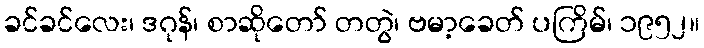
ခင်ခင်လေး၊ ဒဂုန်၊ စာဆိုတော် တတွဲ၊ ဗမာ့ခေတ် ပကြိမ်၊ ၁၉၅၂။